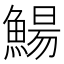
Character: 鰑